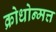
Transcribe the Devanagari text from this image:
क्रोधोन्मत्त